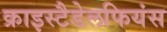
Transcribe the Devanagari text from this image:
क्राइस्टैडेलफियंस